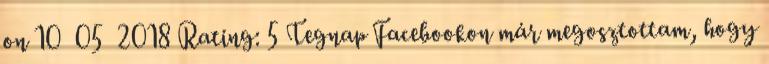
on 10 05 2018 Rating: 5 Tegnap Facebookon már megosztottam, hogy